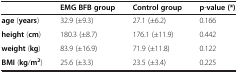
|  | EMG BFB group | Control group | p-value(*) |
 | --- | --- | --- | --- |
 | age (years) | 32.9 (±9.3) | 27.1 (±6.2) | 0.166 |
 | height (cm) | 180.3 (±8.7) | 176.1 (±11.9) | 0.442 |
 | weight (kg) | 83.9 (±16.9) | 71.9 (±11.8) | 0.122 |
 | BMI (kg/m2) | 25.6 (±3.3) | 23.5 (±3.4) | 0.225 |